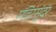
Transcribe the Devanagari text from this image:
मंदिरसुंदर